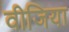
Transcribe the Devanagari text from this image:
वीजिया